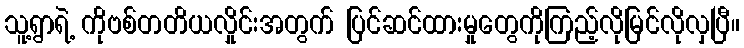
သူ့ရွာရဲ့ ကိုဗစ်တတိယလှိုင်းအတွက် ပြင်ဆင်ထားမှုတွေကိုကြည့်လိုမြင်လိုလှပြီ။